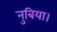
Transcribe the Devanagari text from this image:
नुबिया।